Vaccination in Bombay 1902-1912 - 1902-1912
Year: 1902
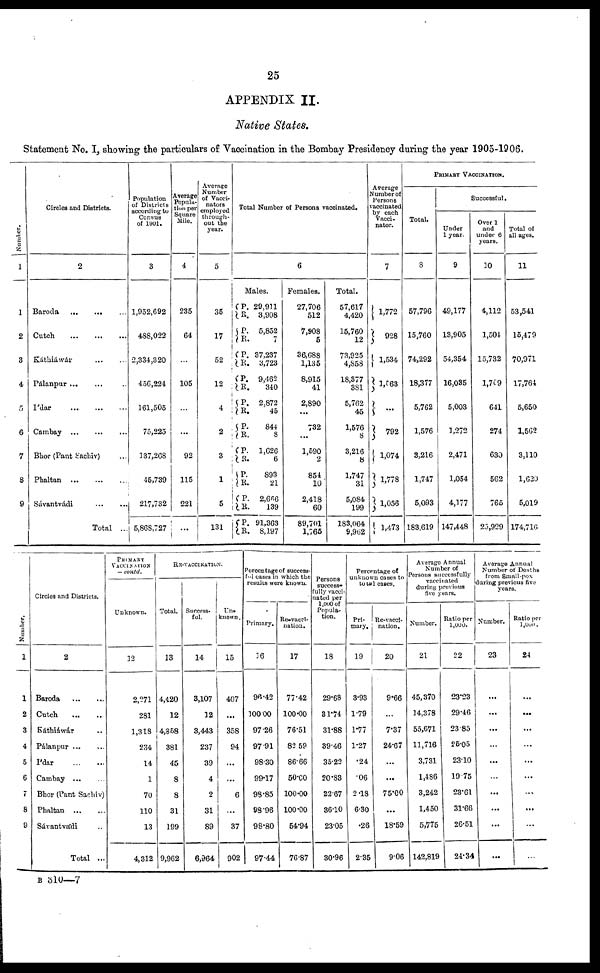
25
APPENDIX II.
Native States.
Statement No. I, showing the particulars of Vaccination in the Bombay Presidency during the year 1905-1906.
Number.
1
1
2
3
4
5
6
7
8
9
Circles and Districts.
2
Baroda
...
...
...
Cutch
...
...
...
Káthiáwár
...
...
Pálanpur ... ... ...
I'dar
...
...
...
Cambay
...
...
...
Bhor (Pant Sachiv)
Phaltan ... ... ...
Sávantvádi
...
...
Total ...
Population
of Districts
according to
Census
of 1901.
3
1,952,692
488,022
2,334,320
456,224
161,505
75,225
137,268
45,739
217,732
5,868,727
Average
Popula¬
tion per
Square
Mile.
4
235
64
...
105
...
...
92
115
221
...
Average
Number
of Vacci¬
nators
employed
through-
out the
year.
5
35
17
52
12
4
2
3
1
5
131
Total Number of Persons vaccinated.
6
Males.
P.
R.
P.
R.
P.
R.
P.
R.
P.
R.
P.
R.
P.
R.
P.
R.
P.
R. P.
R.
29,911
3,908
5,852
7
37,237
3,723
9,462
340
2,872
45
844
8
1,G26
6
893
21
2,666
139
91,363
8,197
Females.
27,706
512
7,908
5
36,688
1,135
8,915
41
2,890
...
732
...
1,590
2
854
10
2,418
60
89,701
1,765
Total.
57,617
4,420
15,760
12
73,925
4,858
18,377
381
5,762
45
1,576
8
3,216
8
1,747
31
5,084
199
183,064
9,962
Average
Number of
Persons
vaccinated
by each
Vacci¬
nator.
7
1,772
928
1,534
1,563
...
792
1,074
1,778
1,056
1,473
PRIMARY VACCINATION.
Total.
8
57,796
15,760
74,292
18,377
5,762
1,576
3,216
1,747
5,093
183,619
Successful.
Under
1 year.
9
49,177
13,905
54,354
16,085
5,003
1,272
2,471
1,054
4,177
147,448
Over 1
and
under 6
years.
10
4,112
1,504
15,732
1,709
641
274
630
562
765
25,929
Total of
all ages.
11
53,541
15,479
70,971
17,764
5,650
1,562
3,110
1,620
5,019
174,716
Number.
1
1
2
3
4
5
6
7
8
9
Circles and Districts.
2
Baroda ... ...
Cutch
...
...
Káthiáwár ...
Pálanpur ... ...
I'dar
...
...
Cambay ... ...
Bhor (Pant Sachiv)
Phaltan
...
...
Sávantvádi ...
Total ...
PRIMARY
VACCINATION
— contd.
Unknown.
12
2,271
281
1,318
234
14
1
70
110
13
4,312
RE-VACCINATION.
Total.
13
4,420
12
4,858
381
45
8
8
31
199
9,962
Success-
ful.
14
3,107
12
8,443
237
39
4
2
31
89
6,964
Un¬
known.
15
407
...
358
94
...
...
6
...
37
902
Percentage of success-
ful cases in which the
results were known.
Primary.
16
96.42
100.00
97.26
97.91
98.30
99.17
98.85
98.96
98.80
97.44
Re-vacci¬
nation.
17
77.42
100.00
76.51
82.59
86.66
50.00
100.00
100.00
54.94
76.87
Persons
success-
fully vacci-
nated per
1,000 of
Popula-
tion.
18
29.68
31.74
31.88
39.46
35.22
20.83
22.67
36.00
23.05
30.96
Percentage of
unknown cases to
total cases.
Pri¬
mary.
19
3.93
1.79
1.77
1.27
.24
.06
2.18
6.30
.26
2.35
Re-vacci¬
nation.
20
9.66
...
7.37
24.67
...
...
75.00
...
18.59
9.06
Average Annual
Number of
Persons successfully
vaccinated
during previous
five years.
Number.
21
45,370
14,378
55,671
11,716
3,731
1,486
3,242
1,450
5,775
142,819
Ratio per
1,000.
22
23.23
29.46
23.85
25.05
23.10
19.75
23.61
31.66
26.51
24.34
Average Annual
Number of Deaths
from Small-pox
during previous five
years.
Number.
23
...
...
...
...
...
...
...
...
...
...
Ratio per
1,000.
24
...
...
...
...
...
...
...
...
...
...
B 310—7